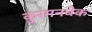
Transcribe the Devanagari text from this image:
कुरमनबेक